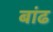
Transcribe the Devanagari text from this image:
बांढ